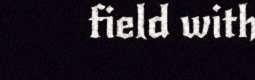
field with